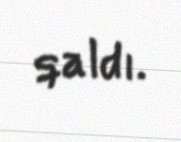
qaldı.